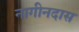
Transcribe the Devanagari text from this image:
नागीनदास